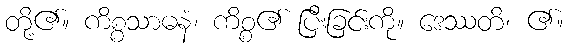
တို့၏။ ကိစ္စသာဓနံ၊ ကိစ္စ၏ ပြီးခြင်းကို။ ဒေဿတိ၊ ၏။